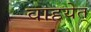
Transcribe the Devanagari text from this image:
वाहयेत्